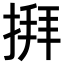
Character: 𢱎